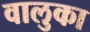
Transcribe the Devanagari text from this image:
वालुका